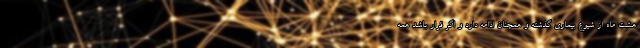
هشت ماه از شیوع بیماری گذشته و همچنان ادامه دارد و اگر قرار باشد همه